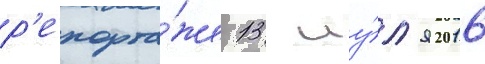
р'епорта́же 13 иу́л'я 2016